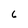
Character: 6